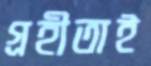
গ্রহীতাই